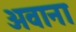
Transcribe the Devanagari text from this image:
अवाना